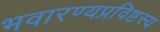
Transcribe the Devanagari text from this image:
भवारण्यप्रविष्टस्य